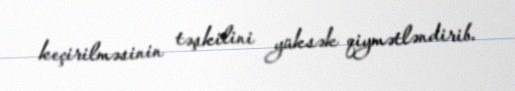
keçirilməsinin təşkilini yüksək qiymətləndirib.